Leaving Certificate Examination, 1919
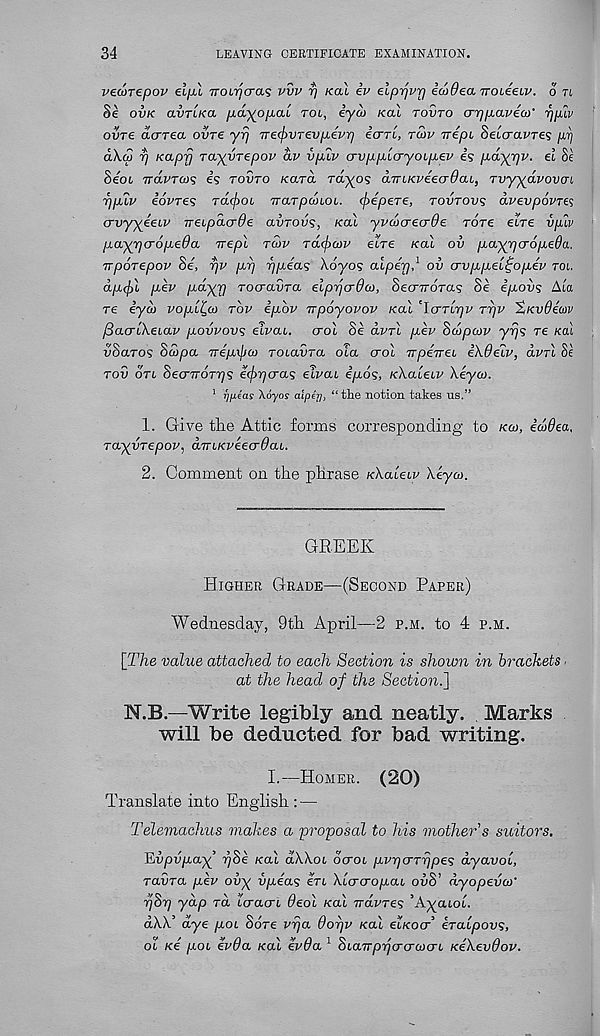
34
LEAVING CERTIFICATE EXAMINATION.
vecorepov elpl TrotTjcras vvv r/ kcu iv elprjvrj icodea rroLeeiv. o n
Se ovk avTLKa pwyopaL tol, iyui koI tovto crppavio)' yjplv
ovre acrrea ovre yrj Trecjyvrevpievr] earl, tu>v nepi Seicravres ji'i]
a\<£ 7] Kaprj Ta-yvrepov av vpiv crvpplcryoipLev is pdyrjv. el Se
Seoi, TrdvTcos es tovto Kard Tayas aTUKveecrOai, Tvyydvovcn
rjpuv iovTes TaejeoL TrarpanoL. <j)epeTe, tovto vs dvevpovTes
crvyyeeiv TreipdcrOe avTovs, k.cll yvdicrecrde Tore etre vplv
jiayrja-opeda irepl tcov Toicjxjiv elre /cat ov pLayr/cropeda.
irpoTepov 8e, rjv pp rjpeas \6yos aiper], 1 ov crvppe'i^opev toi.
dp(j)l pev pdyrj TOcravTa elpr/crda), SecnroTas Se ipovs Ata
re iyco voplt,a) tov ipbv Trpoyovov Kal 'Icrnrjv tt]v 'Zavdemv
/3acrl\eiav povvovs elvai. crol Se olvtI pev Scopcvv yrjs re Kal
vSaTOS Scopa Tre'pxjjco TOiavTa oia crol TrpeTrei e\6eiv, dvrl Se
tov oti Seo’TTOT'rjS e(j)r)cras eivai ipos, K.\aleLv \eya>.
1 rjfieas Adyor aipey, “ the notion, takes us.”
1. Give the Attic forms corresponding to kco, ea>9ea,
TayvTepov, aTUKveecrOai.
2. Comment on the phrase K.\aleiv Xeyco.
GREEK
Higher Grade—(Second Paper)
Wednesday, 9th April—2 p.m. to 4 p.m.
[The value attached to each Section is shown in brackets ■
at the head of the Section.]
N.B.—Write legibly and neatly. Marks
will be deducted for bad writing.
I.—Homer. (20)
Translate into English: —
Telemachus makes a proposal to his mother's suitors.
TLvpvpay rjSe Kal dWoi ocrot pvrjcrTrjpes dyavol,
Tavra pev ovy vpeas ert Xlcrcropab ouS’ dyopevo)’
pSp yap to. tcracrt 9eol Kal Trdvres ’Ayatot.
aXX. 3 aye poL Sore vpa 9opv /cat elKocr’ eralpovs,
ot /ce poi ev9a Kal ev9a 1 hiairppcrcraxTL Ke\ev9ov.